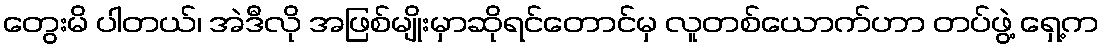
တွေးမိ ပါတယ်၊ အဲဒီလို အဖြစ်မျိုးမှာဆိုရင်တောင်မှ လူတစ်ယောက်ဟာ တပ်ဖွဲ့ ရှေ့က